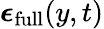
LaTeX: \boldsymbol{\epsilon}_{\mathrm{full}}(y,t)